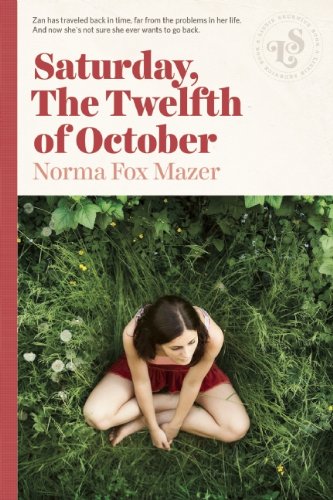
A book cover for Saturday, The Twelfth Of October; Norma Fox Mazer; Teen & Young Adult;